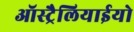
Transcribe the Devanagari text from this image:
ऑस्ट्रैलियाईयो